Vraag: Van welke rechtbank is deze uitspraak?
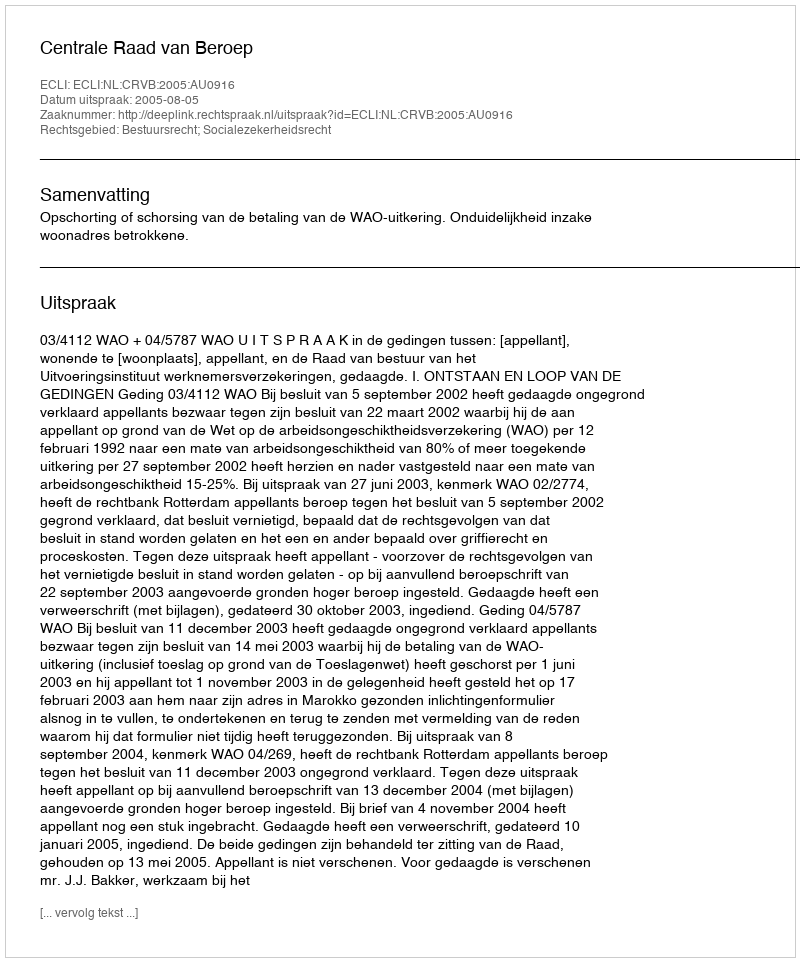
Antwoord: Centrale Raad van Beroep